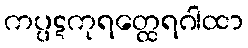
ကပ္ပဋကုရတ္ထေရဂါထာ